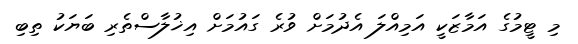
މި ޓީމުގެ އަމާޒަކީ އަމިއްލަ އެދުމަށް ވުރެ ގައުމަށް އިޚުލާސްތެރި ބަޔަކު ތިބި